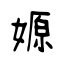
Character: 嫄